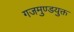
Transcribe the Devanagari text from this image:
गजमुण्डयुक्त